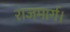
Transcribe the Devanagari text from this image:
राजमार्ग।